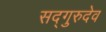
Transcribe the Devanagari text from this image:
सद्गुरुदेव